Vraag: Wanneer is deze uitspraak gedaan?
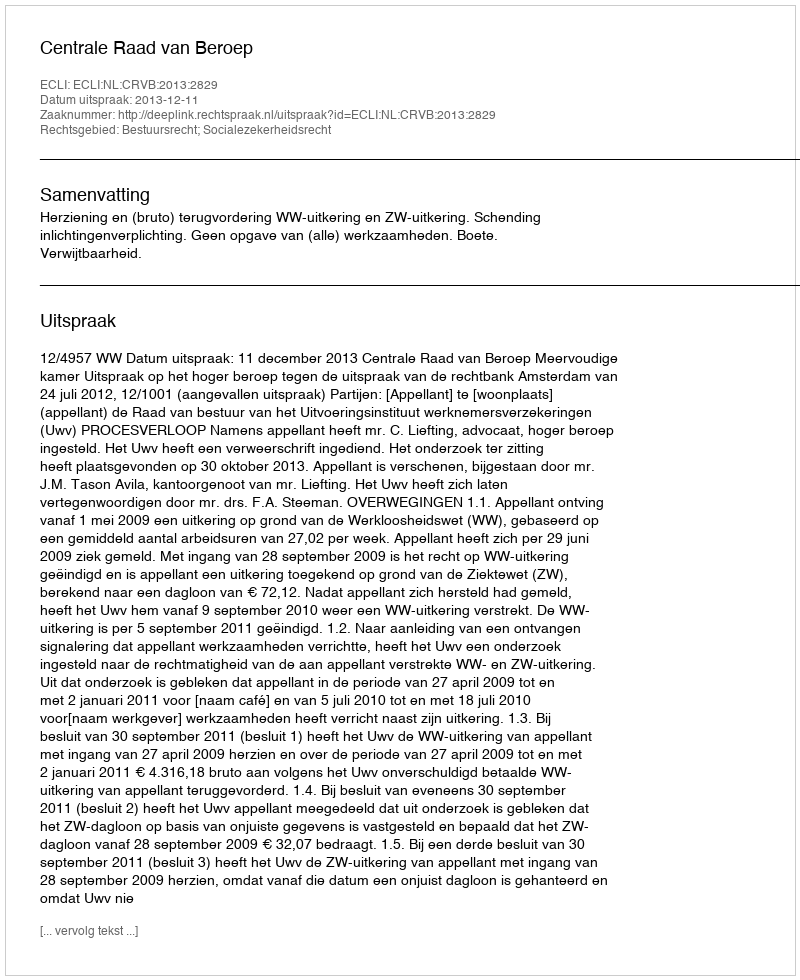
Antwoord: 2013-12-11